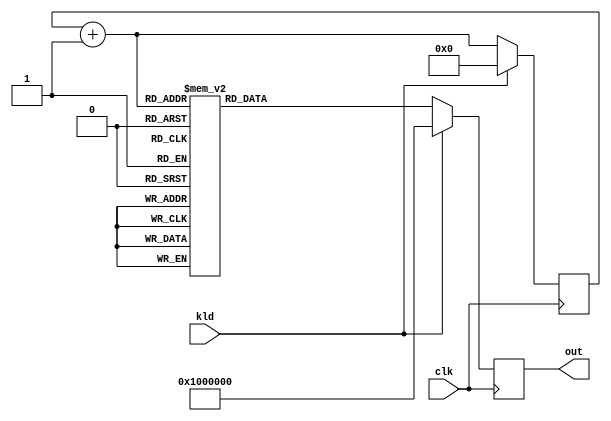
`timescale 1ns / 1ps
//////////////////////////////////////////////////////////////////////////////////
// Company: 
// Engineer: 
// 
// Design Name: 
// Module Name:    aes_rcon 
// Project Name: 
// Target Devices: 
// Tool versions: 
// Description: round constant generator
//
// Dependencies: 
//
// Revision: 
// Revision 0.01 - File Created
// Additional Comments: 
//
//////////////////////////////////////////////////////////////////////////////////
module aes_rcon(clk, kld, out);
input		clk;
input		kld;
output	[31:0]	out;
reg	[31:0]	out;
reg	[3:0]	rcnt;
wire	[3:0]	rcnt_next;

always @(posedge clk)
	if(kld)		out <= #1 32'h01_00_00_00;
	else		out <= #1 frcon(rcnt_next);

assign rcnt_next = rcnt + 4'h1;
always @(posedge clk)
	if(kld)		rcnt <= #1 4'h0;
	else		rcnt <= #1 rcnt_next;

function [31:0]	frcon;
input	[3:0]	i;
case(i)	// synopsys parallel_case
   4'h0: frcon=32'h01_00_00_00;
   4'h1: frcon=32'h02_00_00_00;
   4'h2: frcon=32'h04_00_00_00;
   4'h3: frcon=32'h08_00_00_00;
   4'h4: frcon=32'h10_00_00_00;
   4'h5: frcon=32'h20_00_00_00;
   4'h6: frcon=32'h40_00_00_00;
   4'h7: frcon=32'h80_00_00_00;
   4'h8: frcon=32'h1b_00_00_00;
   4'h9: frcon=32'h36_00_00_00;
   default: frcon=32'h00_00_00_00;
endcase
endfunction

endmodule